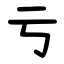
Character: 亏